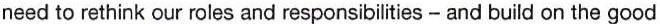
need to rethink our roles and responsibilities - and build on the good